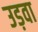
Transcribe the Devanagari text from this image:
उड़वा